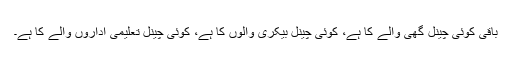
باقی کوئی چینل گھی والے کا ہے، کوئی چینل بیکری والوں کا ہے، کوئی چینل تعلیمی اداروں والے کا ہے۔